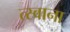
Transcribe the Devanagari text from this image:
त्स्वाना